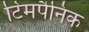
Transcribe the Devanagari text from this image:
टिमपैनिक